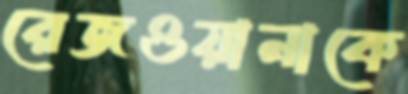
রেজওয়ানাকে